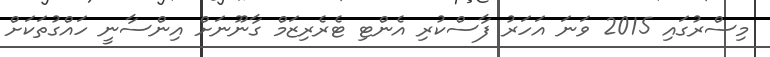
މިސްރުގައި 2015 ވަނަ އަހަރު ފާސްކުރި އެންޓި ޓެރެރިޒަމް ގާނޫނަށް އިންސާނީ ހައްގުތަކަށް